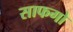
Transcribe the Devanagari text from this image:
साफगो